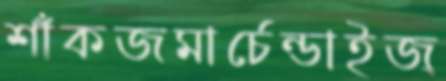
শাঁকজমার্চেন্ডাইজ্